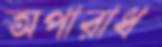
অপারাধ